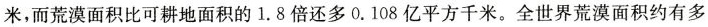
米，而荒漠面积比可耕地面积的1.8倍还多0.108亿平方千米。全世界荒漠面积约有多